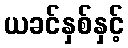
ယခင်နှစ်နှင့်